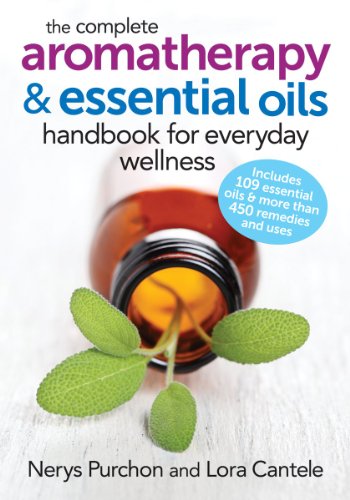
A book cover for The Complete Aromatherapy and Essential Oils Handbook for Everyday Wellness; Nerys Purchon; Health, Fitness & Dieting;